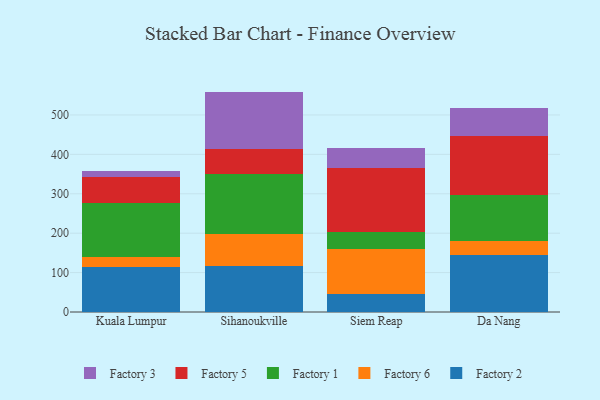
{"axis": {"x": "City", "y": "Headcount"}, "legend": ["Factory 1", "Factory 2", "Factory 3", "Factory 5", "Factory 6"], "data": [{"x": "Kuala Lumpur", "y": 115.3, "type": "Factory 2"}, {"x": "Kuala Lumpur", "y": 24.0, "type": "Factory 6"}, {"x": "Kuala Lumpur", "y": 137.9, "type": "Factory 1"}, {"x": "Kuala Lumpur", "y": 64.7, "type": "Factory 5"}, {"x": "Kuala Lumpur", "y": 17.0, "type": "Factory 3"}, {"x": "Sihanoukville", "y": 117.3, "type": "Factory 2"}, {"x": "Sihanoukville", "y": 80.4, "type": "Factory 6"}, {"x": "Sihanoukville", "y": 153.7, "type": "Factory 1"}, {"x": "Sihanoukville", "y": 62.4, "type": "Factory 5"}, {"x": "Sihanoukville", "y": 145.5, "type": "Factory 3"}, {"x": "Siem Reap", "y": 44.7, "type": "Factory 2"}, {"x": "Siem Reap", "y": 114.8, "type": "Factory 6"}, {"x": "Siem Reap", "y": 42.6, "type": "Factory 1"}, {"x": "Siem Reap", "y": 163.7, "type": "Factory 5"}, {"x": "Siem Reap", "y": 49.2, "type": "Factory 3"}, {"x": "Da Nang", "y": 145.3, "type": "Factory 2"}, {"x": "Da Nang", "y": 33.9, "type": "Factory 6"}, {"x": "Da Nang", "y": 118.6, "type": "Factory 1"}, {"x": "Da Nang", "y": 149.2, "type": "Factory 5"}, {"x": "Da Nang", "y": 71.0, "type": "Factory 3"}]}